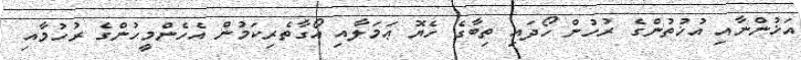
އަޚުންނާއި އުޚުތުންގެ ރުހުން ހޯދައި ތިބާގެ ހެޔޮ ޢަމަލާއި އޯގާތެރިކަމުން އެހެންމީހުންގެ ރުހުމާއި